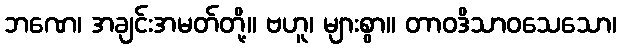
ဘဏေ၊ အချင်းအမတ်တို့။ ဗဟူ၊ များစွာ။ တာဝဒိသာဝသေသော၊